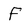
Character: F